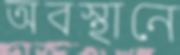
অবস্থানে